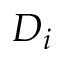
D _ { i }